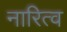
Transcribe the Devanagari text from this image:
नारित्व